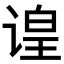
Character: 𬤍